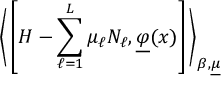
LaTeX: \bigg \langle \left[ H - \sum _ { \ell = 1 } ^ { L } \mu _ { \ell } N _ { \ell } , \underline { { { \varphi } } } ( x ) \right] \bigg \rangle _ { \beta , \underline { { { \mu } } } }